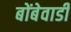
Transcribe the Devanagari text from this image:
बोंबेवाडी